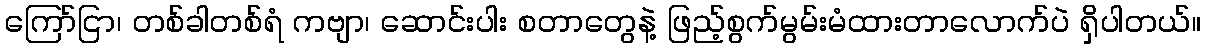
ကြော်ငြာ၊ တစ်ခါတစ်ရံ ကဗျာ၊ ဆောင်းပါး စတာတွေနဲ့ ဖြည့်စွက်မွမ်းမံထားတာလောက်ပဲ ရှိပါတယ်။